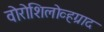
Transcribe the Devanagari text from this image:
वोरोशिलोव्हग्राद